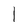
Character: 1